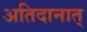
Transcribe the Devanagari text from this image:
अतिदानात्